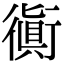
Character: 衠